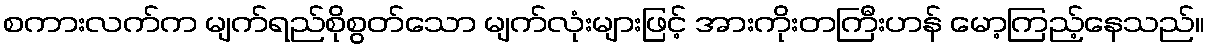
စကားလက်က မျက်ရည်စိုစွတ်သော မျက်လုံးများဖြင့် အားကိုးတကြီးဟန် မော့ကြည့်နေသည်။